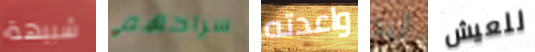
شبيهة سراحهم واعدته أريد للعيش